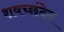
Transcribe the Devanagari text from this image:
शवच्छंदेन